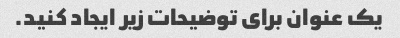
یک عنوان برای توضیحات زیر ایجاد کنید.